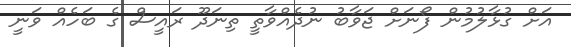
އަށް ގުޅާލުމުން ފޯނަށް ޖަވާބު ނުދެއްވާތީ ތިނަދޫ ރައީސް ގެ ބަހެއް ވަނީ